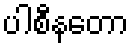
ပါစီနတော